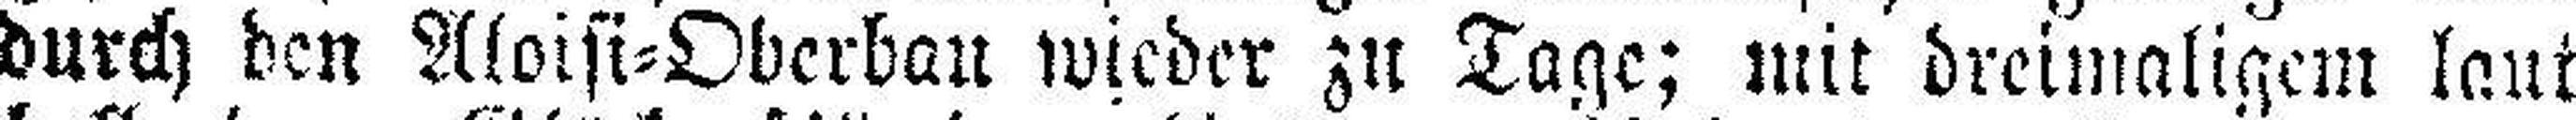
durch den Aloisi=Oberbau wieder zu Tage; mit dreimaligem laut